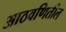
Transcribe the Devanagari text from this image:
आठवणितील